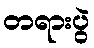
တရားပွဲ